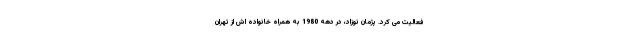
فعالیت می کرد. پژمان نوزاد، در دهه 1980 به همراه خانواده اش از تهران